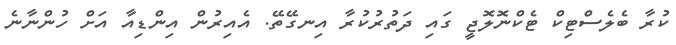
ކުރާ ބެލެސްޓިކް ޓެކްނޮލޮޖީ ގައި ދަތުރުކުރާ އިނގޭތޭ. އެއިރުން އިންޑިއާ އަށް ހުންނާނެ